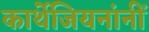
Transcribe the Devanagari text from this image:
कार्थेजियनांनीं